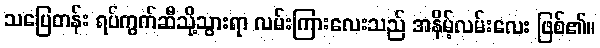
သပြေတန်း ရပ်ကွက်ဆီသို့သွားရာ လမ်းကြားလေးသည် အနိမ့်လမ်းလေး ဖြစ်၏။